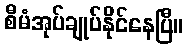
စီမံအုပ်ချုပ်နိုင်နေပြီ။